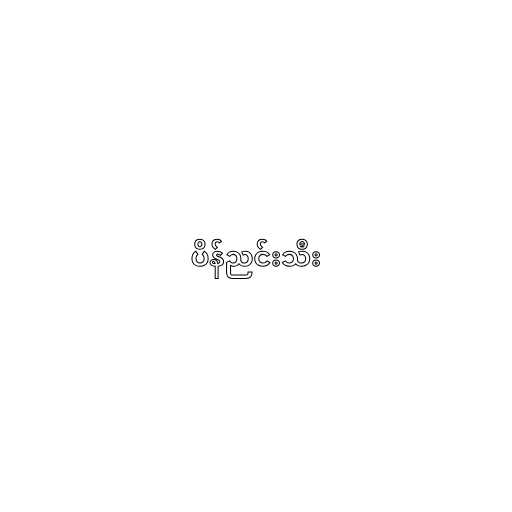
ပိန်ညင်းသီး